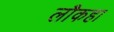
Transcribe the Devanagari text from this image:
लौकहा